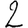
Digit: 2